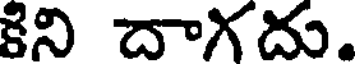
కిని దాగదు.